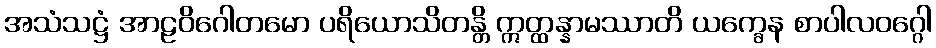
အသံသဋ္ဌံ အာဠဝိဂေါတမော ပရိယောသိတန္တိ ဣတ္ထန္နာမဿာတိ ယက္ခေန စာပါလဝဂ္ဂေါ